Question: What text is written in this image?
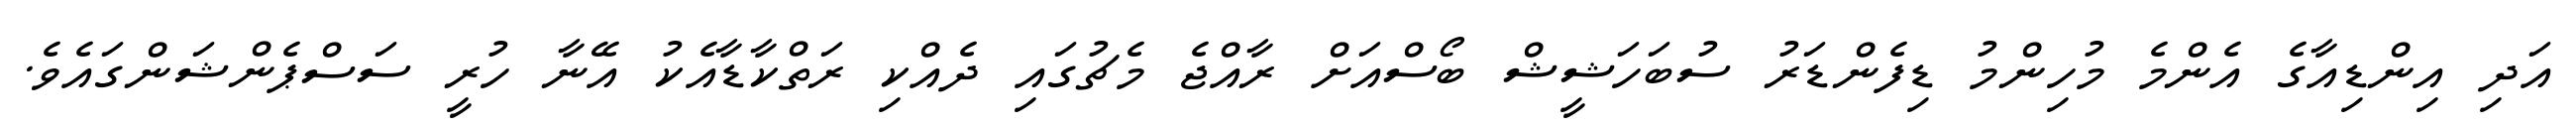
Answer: އަދި އިންޑިއާގެ އެންމެ މުހިންމު ޑިފެންޑަރު ސުބަހަޝީޝް ބޯސްއަށް ރާއްޖެ މެޗުގައި ދެއްކި ރަތްކާޑާއެކު އޭނާ ހުރީ ސަސްޕެންޝަންގައެވެ.